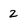
Character: 2